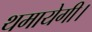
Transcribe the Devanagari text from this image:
थमायेगी।